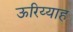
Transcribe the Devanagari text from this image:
ऊरिय्याह